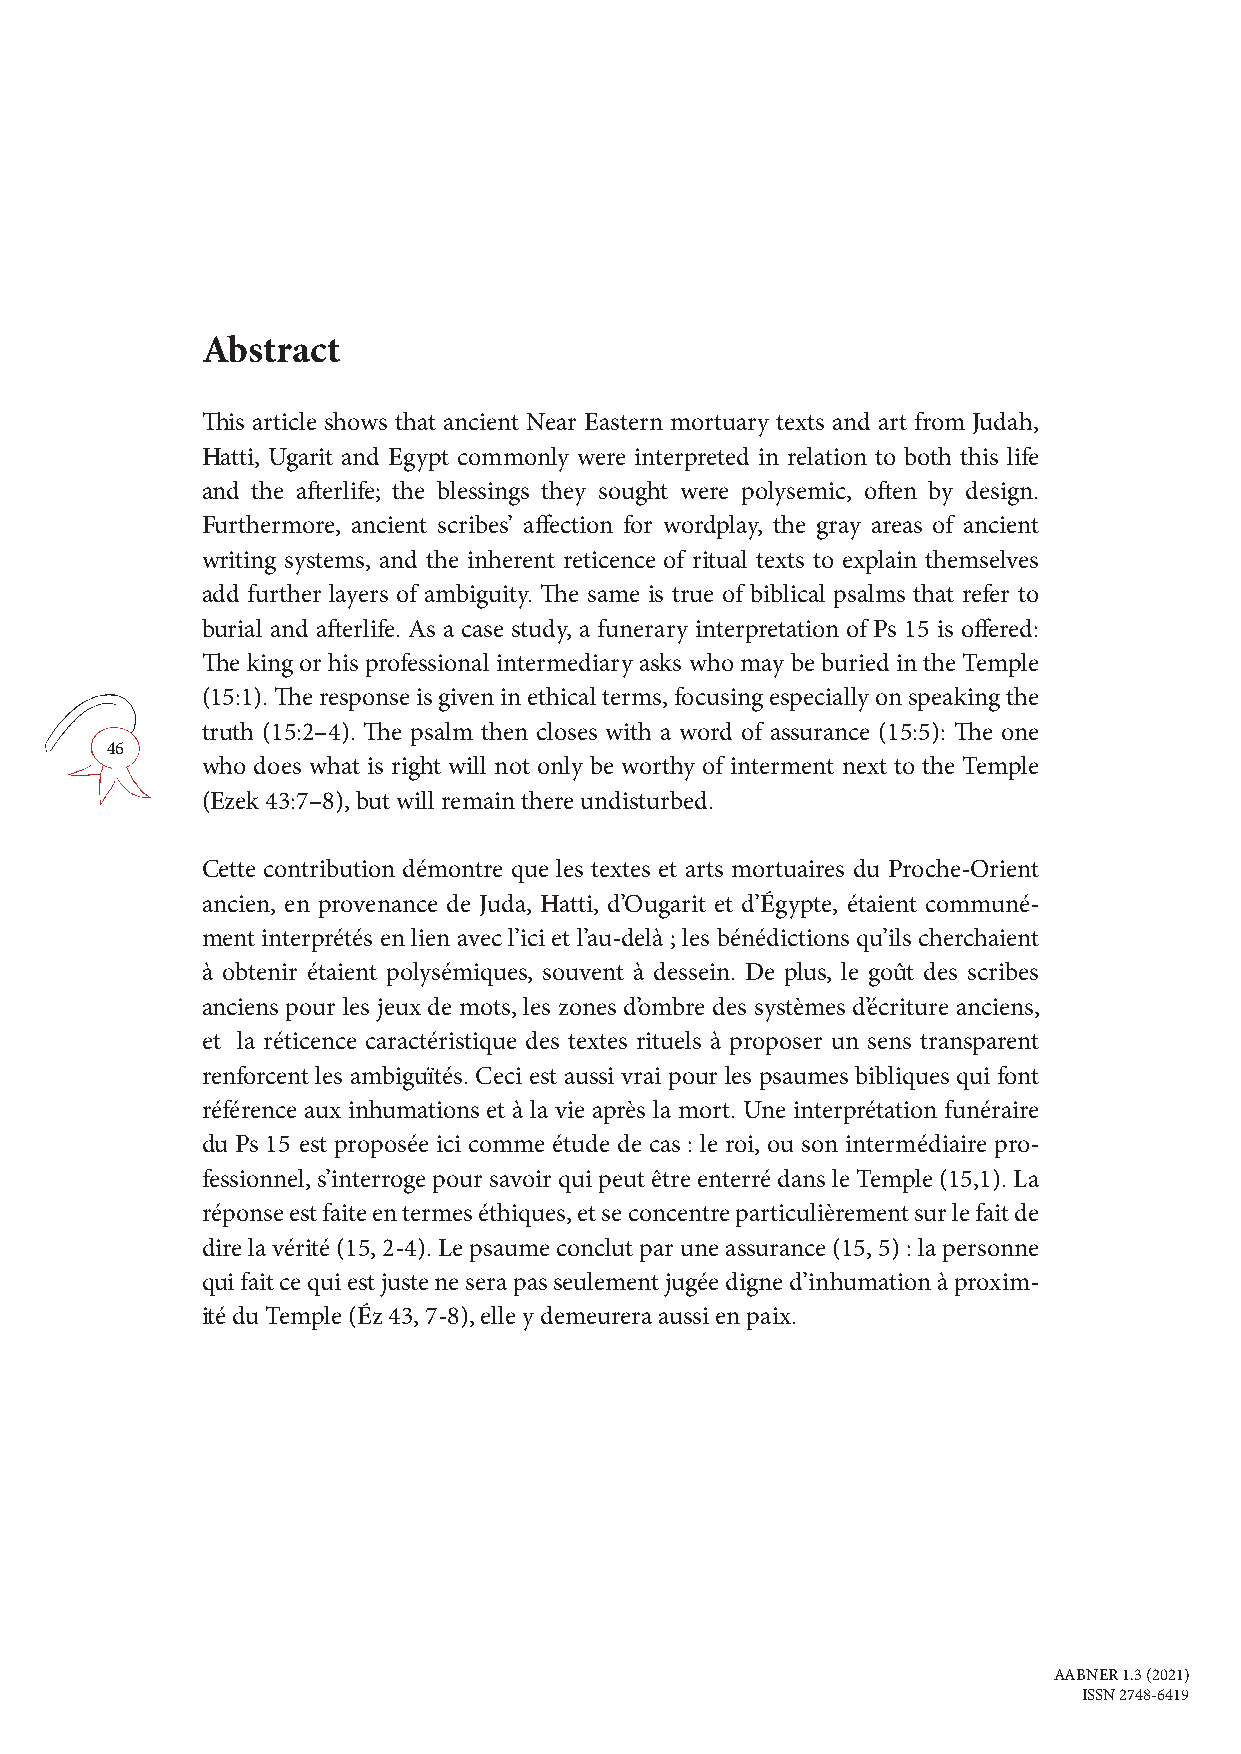
Abstract
 This article shows that ancient Near Eastern mortuary texts and art from Judah,
 Hatti, Ugarit and Egypt commonly were interpreted in relation to both this life
 and the afterlife; the blessings they sought were polysemic, often by design.
 Furthermore, ancient scribes’ affection for wordplay, the gray areas of ancient
 writing systems, and the inherent reticence of ritual texts to explain themselves
 add further layers of ambiguity. The same is true of biblical psalms that refer to
 burial and afterlife. As a case study, a funerary interpretation of Ps 15 is offered:
 The king or his professional intermediary asks who may be buried in the Temple
 (15:1). The response is given in ethical terms, focusing especially on speaking the
 truth (15:2–4). The psalm then closes with a word of assurance (15:5): The one
 46
 who does what is right will not only be worthy of interment next to the Temple
 (Ezek 43:7–8), but will remain there undisturbed.
 Cette contribution démontre que les textes et arts mortuaires du Proche-Orient
 ancien, en provenance de Juda, Hatti, d’Ougarit et d’Égypte, étaient communé-
 ment interprétés en lien avec l’ici et l’au-delà ; les bénédictions qu’ils cherchaient
 à obtenir étaient polysémiques, souvent à dessein. De plus, le goût des scribes
 anciens pour les jeux de mots, les zones d’ombre des systèmes d’écriture anciens,
 et la réticence caractéristique des textes rituels à proposer un sens transparent
 renforcent les ambiguïtés. Ceci est aussi vrai pour les psaumes bibliques qui font
 référence aux inhumations et à la vie après la mort. Une interprétation funéraire
 du Ps 15 est proposée ici comme étude de cas : le roi, ou son intermédiaire pro-
 fessionnel, s’interroge pour savoir qui peut être enterré dans le Temple (15,1). La
 réponse est faite en termes éthiques, et se concentre particulièrement sur le fait de
 dire la vérité (15, 2-4). Le psaume conclut par une assurance (15, 5) : la personne
 qui fait ce qui est juste ne sera pas seulement jugée digne d’inhumation à proxim-
 ité du Temple (Éz 43, 7-8), elle y demeurera aussi en paix.
 AABNER 1.3 (2021)
 ISSN 2748-6419